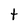
Character: t